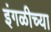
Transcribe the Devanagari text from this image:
इंगळीच्या